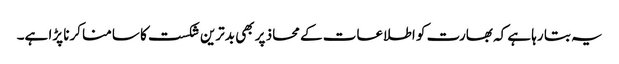
یہ بتا رہا ہے کہ بھارت کو اطلاعات کے محاذ پر بھی بدترین شکست کا سامنا کرنا پڑا ہے۔